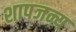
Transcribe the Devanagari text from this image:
शापजन्य